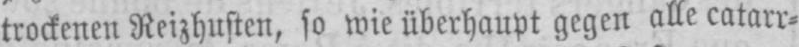
trockenen Reizhusten, so wie überhaupt gegen alle catarr⸗